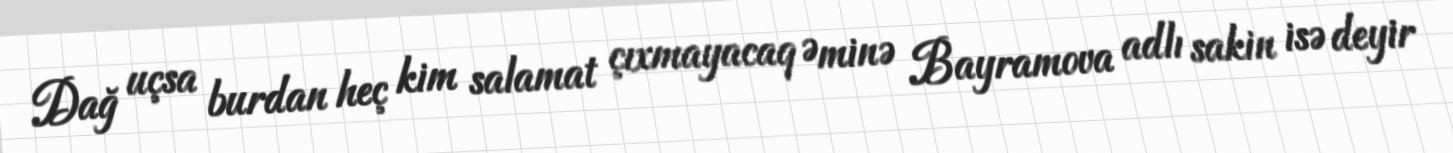
Dağ uçsa burdan heç kim salamat çıxmayacaq Əminə Bayramova adlı sakin isə deyir